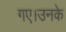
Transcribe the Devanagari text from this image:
गए।उनके